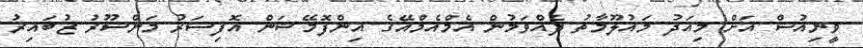
ވީނިއުސް އަށް މިއަދު މައުލޫމާތު ދެއްވަމުން އެމްއެމްއޭގެ އިންފޮމޭޝަން އޮފިސަރު މަންސޫރު ޒުބައިރު